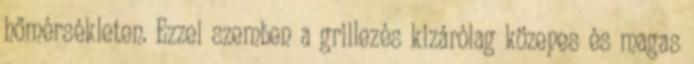
hőmérsékleten. Ezzel szemben a grillezés kizárólag közepes és magas